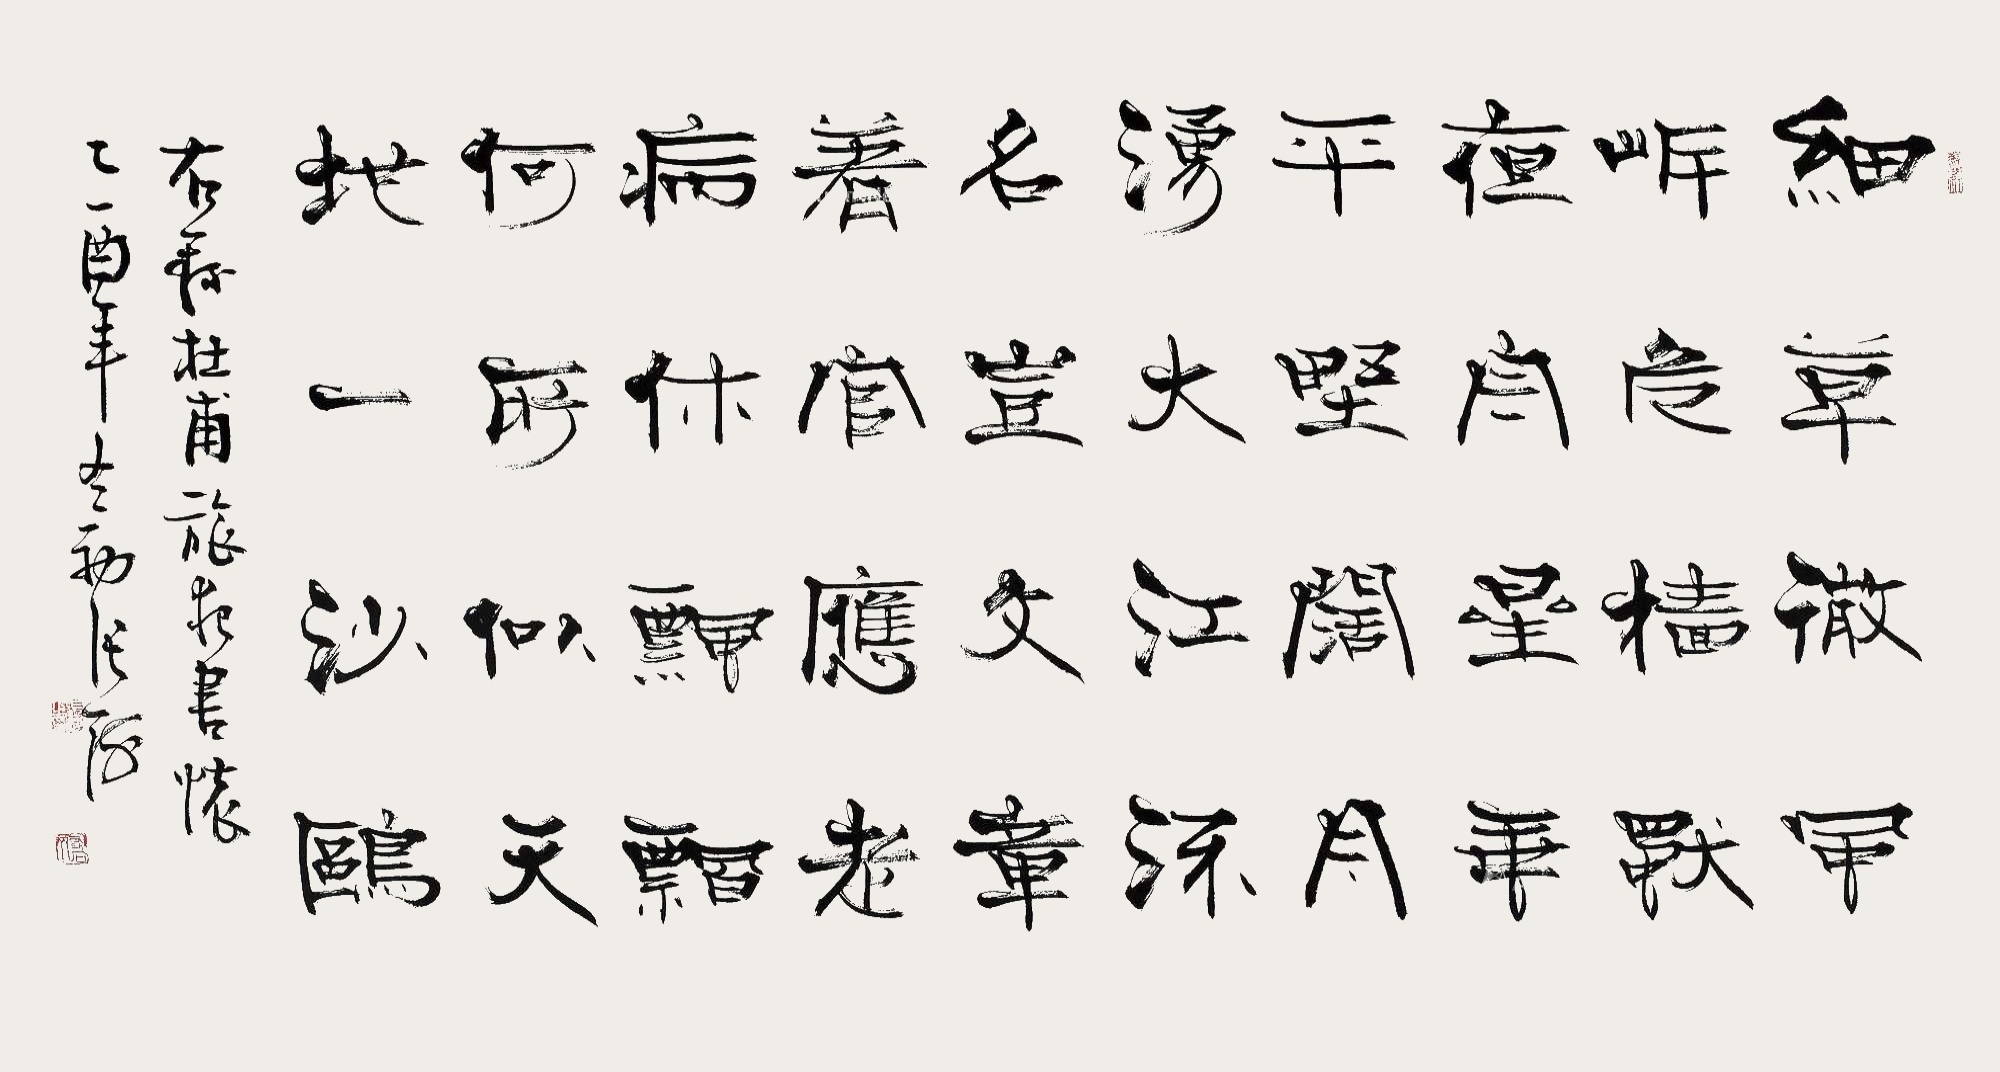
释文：旅夜书怀
细草微风岸，危樯独夜舟。
星垂平野阔，月涌大江流。
名岂文章著，官应老病休。
飘飘何所似，天地一沙鸥。录杜甫《旅夜书怀》，己酉年冬初，张海。